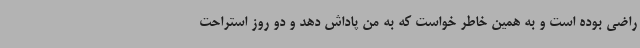
راضی بوده است و به همین خاطر خواست که به من پاداش دهد و دو روز استراحت